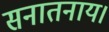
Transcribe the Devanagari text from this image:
सनातनाय।